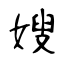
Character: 嫂